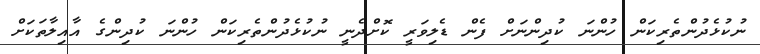
ނުކުޅެދުންތެރިކަން ހުންނަ ކުދިންނަށް ފެން ޑެލިވަރީ ކޮށްދެނީ ނުކުޅެދުންތެރިކަން ހުންނަ ކުދިންގެ އާއިލާތަކަށް